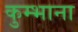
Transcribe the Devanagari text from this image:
कुम्भाना